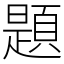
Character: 題